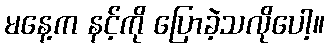
မနေ့က နင့်ကို ပြောခဲ့သလိုပေါ့။